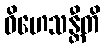
ဝိဟေသန္တီတိ